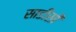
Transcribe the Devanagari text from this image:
साडीसी